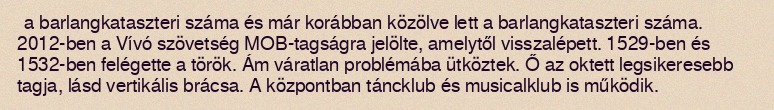
a barlangkataszteri száma és már korábban közölve lett a barlangkataszteri száma. 2012-ben a Vívó szövetség MOB-tagságra jelölte, amelytől visszalépett. 1529-ben és 1532-ben felégette a török. Ám váratlan problémába ütköztek. Ő az oktett legsikeresebb tagja, lásd vertikális brácsa. A központban táncklub és musicalklub is működik.